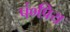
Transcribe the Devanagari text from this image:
पं०प्रिय